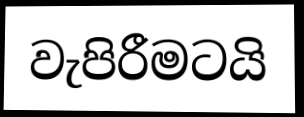
වැපිරීමටයි